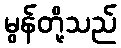
မွန်တို့သည်